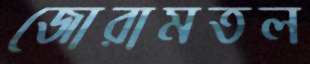
জোরামতল